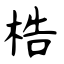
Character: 梏